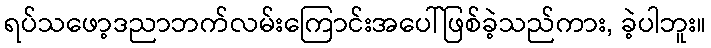
ရပ်သဖော့ဒညာဘက်လမ်းကြောင်းအပေါ်ဖြစ်ခဲ့သည်ကား, ခဲ့ပါဘူး။